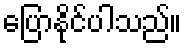
ပြောနိုင်ပါသည်။